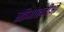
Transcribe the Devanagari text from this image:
सीआरजीओ